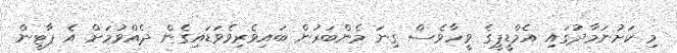
މި ކަށުނަމާދުގައި އެމްޑީޕީގެ ވީހާވެސް ގިނަ މެންބަރުން ބައިވެރިވެވަޑައިގެން ދެއްވުމަށް އެ ޕާޓީން